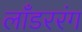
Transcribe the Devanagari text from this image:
लाँडररंग